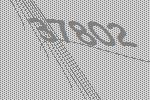
37802